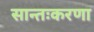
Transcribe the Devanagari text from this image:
सान्तःकरणा